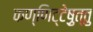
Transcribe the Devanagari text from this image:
कण्णिट्टेषु़त्तु